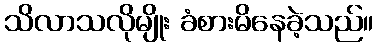
သိလာသလိုမျိုး ခံစားမိနေခဲ့သည်။